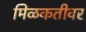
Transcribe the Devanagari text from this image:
मिळकतीवर